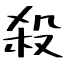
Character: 殺